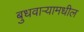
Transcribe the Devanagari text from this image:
बुधवार्‍यामधील